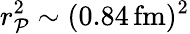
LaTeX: r_{\mathcal{P}}^{2}\sim(0.84\, \mathrm{{fm)^{2}}}